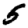
Digit: 5